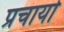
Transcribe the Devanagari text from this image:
प्रचार्या